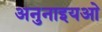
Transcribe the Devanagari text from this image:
अनुनाइयओ